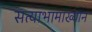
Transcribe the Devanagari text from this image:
सत्याभामाख्यान